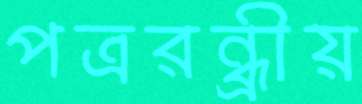
পত্ররন্ধ্রীয়